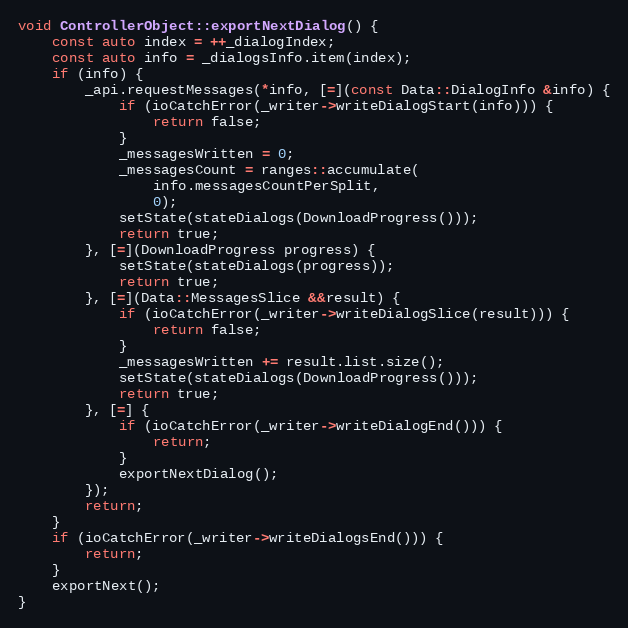
Language: C++
void ControllerObject::exportNextDialog() {
	const auto index = ++_dialogIndex;
	const auto info = _dialogsInfo.item(index);
	if (info) {
		_api.requestMessages(*info, [=](const Data::DialogInfo &info) {
			if (ioCatchError(_writer->writeDialogStart(info))) {
				return false;
			}
			_messagesWritten = 0;
			_messagesCount = ranges::accumulate(
				info.messagesCountPerSplit,
				0);
			setState(stateDialogs(DownloadProgress()));
			return true;
		}, [=](DownloadProgress progress) {
			setState(stateDialogs(progress));
			return true;
		}, [=](Data::MessagesSlice &&result) {
			if (ioCatchError(_writer->writeDialogSlice(result))) {
				return false;
			}
			_messagesWritten += result.list.size();
			setState(stateDialogs(DownloadProgress()));
			return true;
		}, [=] {
			if (ioCatchError(_writer->writeDialogEnd())) {
				return;
			}
			exportNextDialog();
		});
		return;
	}
	if (ioCatchError(_writer->writeDialogsEnd())) {
		return;
	}
	exportNext();
}